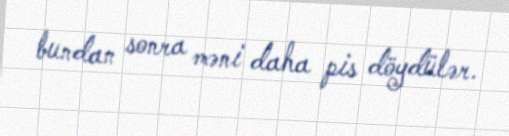
bundan sonra məni daha pis döydülər.